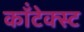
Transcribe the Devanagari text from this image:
कॉंटेक्स्ट